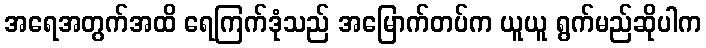
အရေအတွက်အထိ ရေကြက်ဒုံသည် အမြောက်တပ်က ယူယူ ရွက်မည်ဆိုပါက